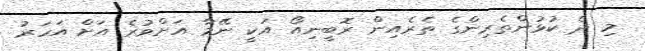
މި ދެ ކުޅުންތެރިންގެ ތެރެއިން ރޮބީނިއޯ އަކީ ނޭމާ އަށްވުރެ އަށް އަހަރު